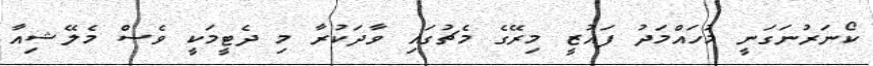
ކޯނަރުނަގަނީ މުހައްމަދު ފައުޒީ މިރޭގެ މެޗުގައި ވާދަކުރާ މި ދެޓީމަކީ ވެސް މެލޭޝިއާ